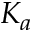
K _ { a }